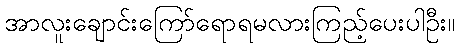
အာလူးချောင်းကြော်ရောရမလားကြည့်ပေးပါဦး။